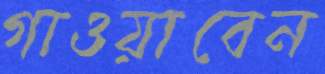
গাওয়াবেন